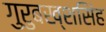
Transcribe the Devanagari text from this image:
गुरुबख्शसिंह